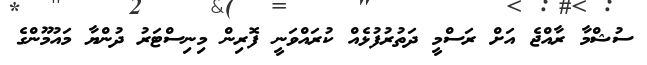
ސުޝްމާ ރާއްޖެ އަށް ރަސްމީ ދަތުރުފުޅެއް ކުރައްވަނީ ފޮރިން މިނިސްޓަރު ދުންޔާ މައުމޫންގެ